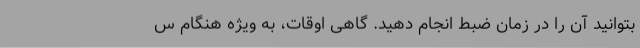
بتوانید آن را در زمان ضبط انجام دهید. گاهی اوقات، به ویژه هنگام س